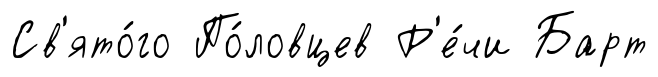
Св'ято́го По́ловцев Р'е́чи Барт